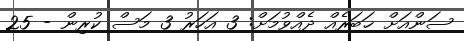
ސަންއަށް ޚަބަރެއް ދެއްވުމަށް: 3 އަހަރު 3 މަސް ކުރިން - 25